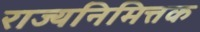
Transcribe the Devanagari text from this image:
राज्यनिमित्तक